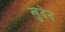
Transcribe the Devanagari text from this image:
खुदेद